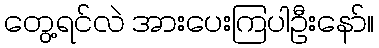
တွေ့ရင်လဲ အားပေးကြပါဦးနော်။